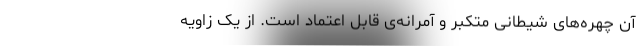
آن چهره‌های شیطانی متکبر و آمرانه‌ی قابل اعتماد است. از یک زاویه